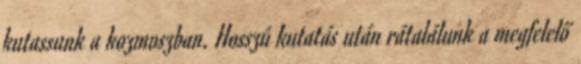
kutassunk a kozmoszban. Hosszú kutatás után rátalálunk a megfelelő